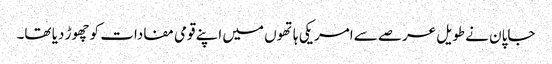
جاپان نے طویل عرصے سے امریکی ہاتھوں میں اپنے قومی مفادات کو چھوڑ دیا تھا۔